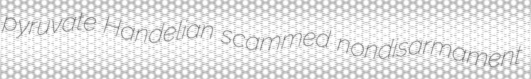
pyruvate Handelian scammed nondisarmament